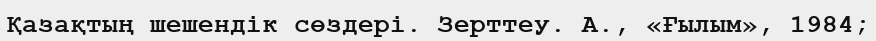
Қазақтың шешендік сөздері. Зерттеу. А., «Ғылым», 1984;